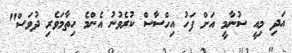
އަދި މިއީ ސުނާމީ އަށް ފަހު އިހްސާސް ކުރެވުނު އެންމެ ހިތާމަވެރި ދުވަސް"